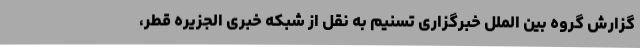
گزارش گروه بین الملل خبرگزاری تسنیم به نقل از شبکه خبری الجزیره قطر،